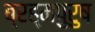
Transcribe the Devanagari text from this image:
ब्रह्मपुरुष